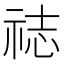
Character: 䄊